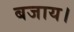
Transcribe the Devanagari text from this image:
बजाय।